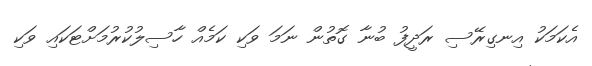
އެކަމަކު އިނގިރޭސި ރަދީފު ބުނާ ގޮތުން ނަމަ ވަކި ކަމެއް ހާސިލުކުރުމަށްޓަކައި ވަކި